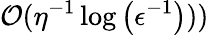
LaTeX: \mathcal{O}(\eta^{-1}\log\left(\epsilon^{-1}\right)))